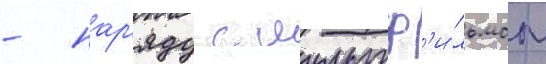
- нар'яду с мультф'и́льмом